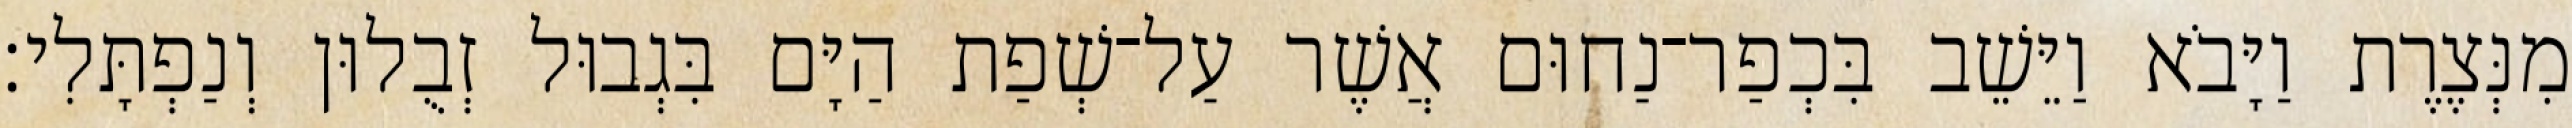
מִנְּצֶרֶת וַיָּבֹא וַיֵּשֵׁב בִּכְפַר־נַחוּם אֲשֶׁר עַל־שְׁפַת הַיָּם בִּגְבוּל זְבֻלוּן וְנַפְתָּלִי׃